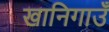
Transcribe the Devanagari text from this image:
खानिगाउँ